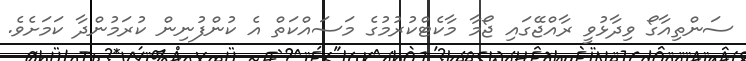
ސަންތިއާގޯ ވިދާޅުވީ ރާއްޖޭގައި ޖޯމާ މާކެޓްކުރުމުގެ މަސައްކަތް އެ ކުންފުނިން ކުރަމުންދާ ކަމަށެވެ.